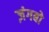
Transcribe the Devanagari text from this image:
ज़ंगबो